Civil Veterinary Dept. North-West Frontier Province 1901-22 - 1901-1922
Year: 1901
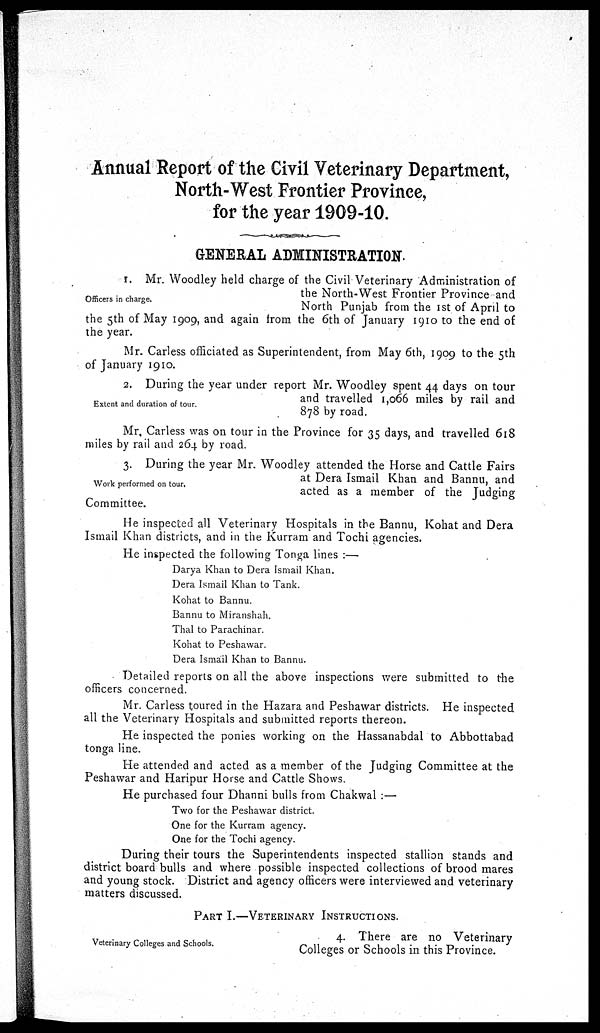
Annual Report of the Civil Veterinary Department,
North-West Frontier Province,
for the year 1909-10.
GENERAL ADMINISTRATION.
Officers in charge.
1. Mr. Woodley held charge of the Civil Veterinary Administration of
the North-West Frontier Province and
North Punjab from the 1st of April to
the 5th of May 1909, and again from the 6th of January 1910 to the end of
the year.
Mr. Carless officiated as Superintendent, from May 6th, 1909 to the 5th
of January 1910.
Extent and duration of tour.
2. During the year under report Mr. Woodley spent 44 days on tour
and travelled 1,066 miles by rail and
878 by road.
Mr. Carless was on tour in the Province for 35 days, and travelled 618
miles by rail and 264 by road.
Work performed on tour.
3. During the year Mr. Woodley attended the Horse and Cattle Fairs
at Dera Ismail Khan and Bannu, and
acted as a member of the Judging
Committee.
He inspected all Veterinary Hospitals in the Bannu, Kohat and Dera
Ismail Khan districts, and in the Kurram and Tochi agencies.
He inspected the following Tonga lines:—
Darya Khan to Dera Ismail Khan.
Dera Ismail Khan to Tank.
Kohat to Bannu.
Bannu to Miranshah.
Thal to Parachinar.
Kohat to Peshawar.
Dera Ismail Khan to Bannu.
Detailed reports on all the above inspections were submitted to the
officers concerned.
Mr. Carless toured in the Hazara and Peshawar districts. He inspected
all the Veterinary Hospitals and submitted reports thereon.
He inspected the ponies working on the Hassanabdal to Abbottabad
tonga line.
He attended and acted as a member of the Judging Committee at the
Peshawar and Haripur Horse and Cattle Shows.
He purchased four Dhanni bulls from Chakwal:—
Two for the Peshawar district.
One for the Kurram agency.
One for the Tochi agency.
During their tours the Superintendents inspected stallion stands and
district board bulls and where possible inspected collections of brood mares
and young stock. District and agency officers were interviewed and veterinary
matters discussed.
PART I.-VETERINARY INSTRUCTIONS.
Veterinary Colleges and Schools.
4. There are no Veterinary
Colleges or Schools in this Province.